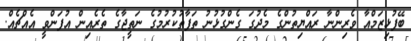
ބޭފުޅިޒަމްއާ ވެރިންނާ ރައްޔިތުންގެ މެދުގަ ގެންގުޅުނު ތަފާތުކުރުމުގެ ނަތީޖާގެ ތެރެއިން އުފަންވީ އެއްޗެއް.